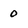
Character: 0